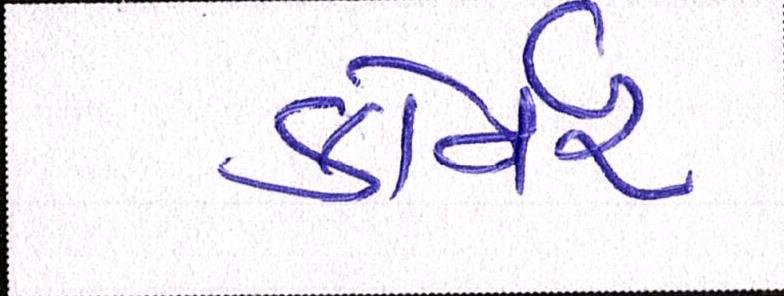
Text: કોર્નર